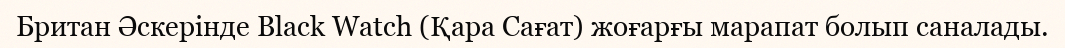
Британ Әскерінде Black Watch (Қара Сағат) жоғарғы марапат болып саналады.